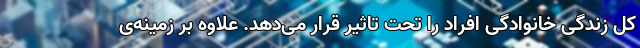
کل زندگی خانوادگی افراد را تحت تاثیر قرار می‌دهد. علاوه بر زمینه‌ی